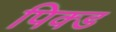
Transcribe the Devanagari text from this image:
पिक्ड